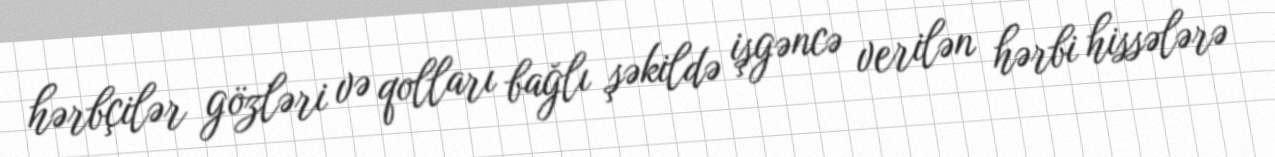
hərbçilər gözləri və qolları bağlı şəkildə işgəncə verilən hərbi hissələrə